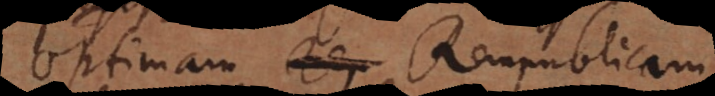
optimam Rempublicam